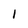
Character: 1